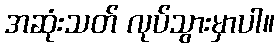
အဆုံးသတ် လုပ်သွားမှာပါ။